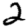
Digit: 2